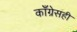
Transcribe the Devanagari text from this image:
काँग्रेसही